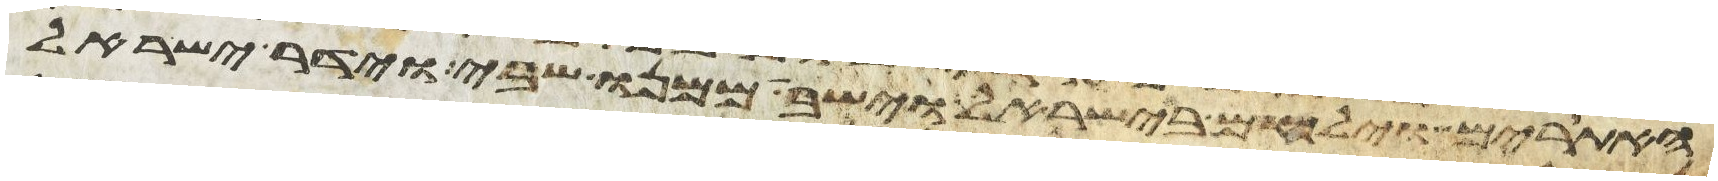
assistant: האתורים וילחם בישראל וישב ממנו שבי וידר ישראל